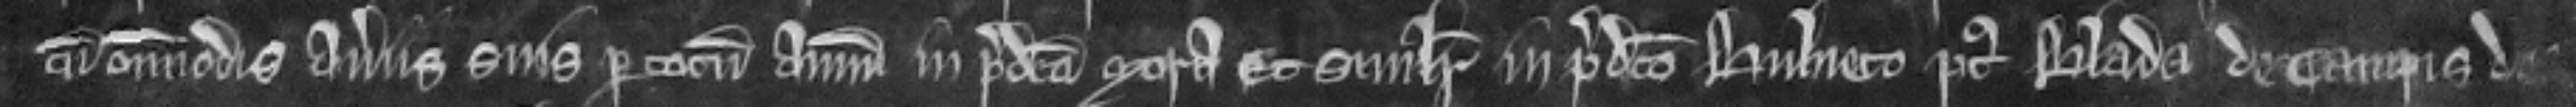
cum omnimodis averiis suis per totum annum in predicta mora et similiter in predicto bulneto post Blada de campis de